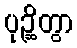
ပုဉ္ဆိတွာ